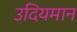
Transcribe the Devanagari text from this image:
उदियमान